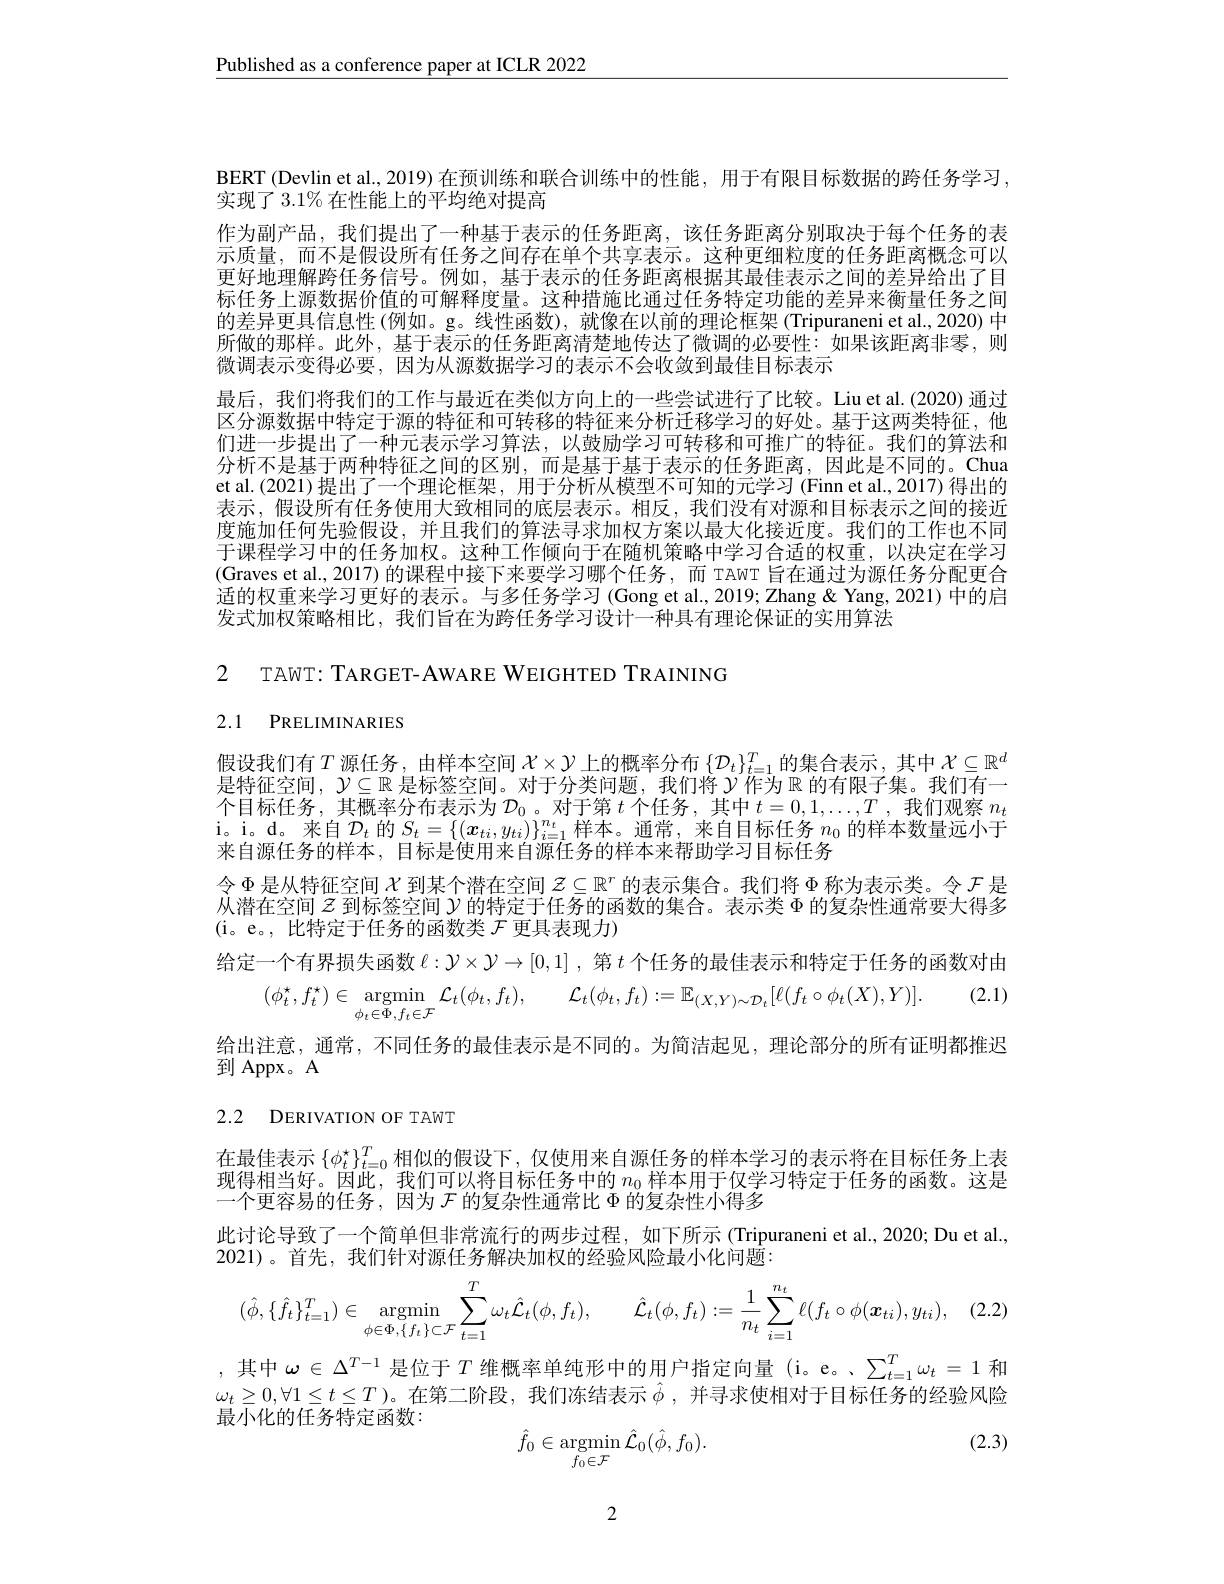
Published as a conference paper at ICLR 2022

BERT (Devlin et al., 2019) 在预训练和联合训练中的性能，用于有限目标数据的跨任务学习，
实现了 3.1% 在性能上的平均绝对提高
作为副产品，我们提出了一种基于表示的任务距离，该任务距离分别取决于每个任务的表示质量，而不是假设所有任务之间存在单个共享表示。这种更细粒度的任务距离概念可以更好地理解跨任务信号。例如，基于表示的任务距离根据其最佳表示之间的差异给出了目标任务上源数据价值的可解释度量。这种措施比通过任务特定功能的差异来衡量任务之间的差异更具信息性 (例如。g。线性函数),就像在以前的理论框架 (Tripuraneni et al.2020) 中所做的那样。此外，基于表示的任务距离清楚地传达了微调的必要性：如果该距离非零，则微调表示变得必要，因为从源数据学习的表示不会收敛到最佳目标表示
最后，我们将我们的工作与最近在类似方向上的一些尝试进行了比较。Liu et al.(2020) 通过区分源数据中特定于源的特征和可转移的特征来分析迁移学习的好处。基于这两类特征，他们进一步提出了一种元表示学习算法，以鼓励学习可转移和可推广的特征。我们的算法和分析不是基于两种特征之间的区别，而是基于基于表示的任务距离，因此是不同的。Chua et al.(2021)提出了一个理论框架，用于分析从模型不可知的元学习 (Finn et al., 2017)得出的表示，假设所有任务使用大致相同的底层表示。相反，我们没有对源和目标表示之间的接近度施加任何先验假设，并且我们的算法寻求加权方案以最大化接近度。我们的工作也不同于课程学习中的任务加权。这种工作倾向于在随机策略中学习合适的权重，以决定在学习(Graves et al.,2017) 的课程中接下来要学习哪个任务，而 TAWT 旨在通过为源任务分配更合适的权重来学习更好的表示。与多任务学习 (Gong et al., 2019; Zhang & Yang, 2021) 中的启发式加权策略相比，我们旨在为跨任务学习设计一种具有理论保证的实用算法

2 TAWT: TARGET-AWARE WEIGHTED TRAINING

2.1 PRELIMINARIES

假设我们有$T$源任务 , 由样本空间$\mathcal{X}\times\mathcal{Y}$上的概率分布$\{\mathcal{D}_t\}_t=1^T$的集合表示 , 其中$\mathcal{X}\subseteq\mathbb{R}^d$ 是特征空间，$\mathcal{Y}\subseteq\mathbb{R}$ 是标签空间。对于分类问题，我们将$\mathcal{Y}$作为 $\mathbb{R}$ 的有限子集。我们有一个目标任务，其概率分布表示为$\mathcal{D}_0$。对于第$t$个任务，其中$t=0,1,\ldots,T$ ,我们观察$n_t$ i。i. d。来自$\mathcal{D}_t$ 的$S_t=\{(\boldsymbol{x}_{ti},y_{ti})\}_{i=1}^{n_t}$样本。通常，来自目标任务 $n_0$ 的样本数量远小于来自源任务的样本，目标是使用来自源任务的样本来帮助学习目标任务
令$\Phi$是从特征空间$\chi$到某个潜在空间$z\subseteq\mathbb{R}^r$的表示集合。我们将$\Phi$称为表示类。令$\mathcal{F}$是从潜在空间$z$到标签空间$\gamma$的特定于任务的函数的集合。表示类$\Phi$的复杂性通常要大得多(i。e。,比特定于任务的函数类$\mathcal{F}$更具表现力)
给定一个有界损失函数$\ell:\mathcal{Y}\times\mathcal{Y}\to[0,1]$ ,第$t$个任务的最佳表示和特定于任务的函数对由
. (2.1)
$$(\phi_{t}^{\star},f_{t}^{\star})\in\operatorname*{argmin}_{\phi_{t}\in\Phi,f_{t}\in\mathcal{F}}\mathcal{L}_{t}(\phi_{t},f_{t}),\quad\mathcal{L}_{t}(\phi_{t},f_{t}):=\mathbb{E}_{(X,Y)\sim\mathcal{D}_{t}}[\ell(f_{t}\circ\phi_{t}(X),Y)].$$
给出注意，通常，不同任务的最佳表示是不同的。为简洁起见，理论部分的所有证明都推迟

到 Appx。A

# 2.2 DERIVATION OF TAWT

在最佳表示$\{\phi_t^\star\}_{t=0}^T$相似的假设下，仅使用来自源任务的样本学习的表示将在目标任务上表现得相当好。因此，我们可以将目标任务中的$n_{0}$样本用于仅学习特定于任务的函数。这是一个更容易的任务，因为$\mathcal{F}$的复杂性通常比$\Phi$的复杂性小得多
此讨论导致了一个简单但非常流行的两步过程，如下所示 (Tripuraneni et al., 2020; Du et al.,
2021)。首先，我们针对源任务解决加权的经验风险最小化问题：
$$(\hat{\phi},\{\hat{f}_t\}_{t=1}^T)\in\underset{\phi\in\Phi,\{f_t\}\subset\mathcal{F}}{\operatorname*{argmin}}\sum_{t=1}^T\omega_t\hat{\mathcal{L}}_t(\phi,f_t),\quad\hat{\mathcal{L}}_t(\phi,f_t):=\frac{1}{n_t}\sum_{i=1}^{n_t}\ell(f_t\circ\phi(\boldsymbol{x}_{ti}),y_{ti}),$$
其中$\omega\in\Delta^T-1$是位于$T$维概率单纯形中的用户指定向量 (i。e。、$\sum_t=1^T\omega_t=1$和$\begin{array}{l}\omega_t\geq0,\forall1\leq t\leq T\\\end{array}$)。在第二阶段，我们冻结表示$\hat{\phi}$,并寻求使相对于目标任务的经验风险

最小化的任务特定函数：

(2.3)
$$\hat{f}_0\in\underset{f_0\in\mathcal{F}}{\mathrm{argmin}}\hat{\mathcal{L}}_0(\hat{\phi},f_0).$$
2